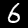
Digit: 6